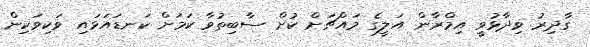
ގާދިރު ވިދާޅުވީ އިމްރާން އަލީގެ މައްޗަށް ކުށް ސާބިތުވާ ކަމަށް ކަނޑައަޅައި ވަކިވަކިން